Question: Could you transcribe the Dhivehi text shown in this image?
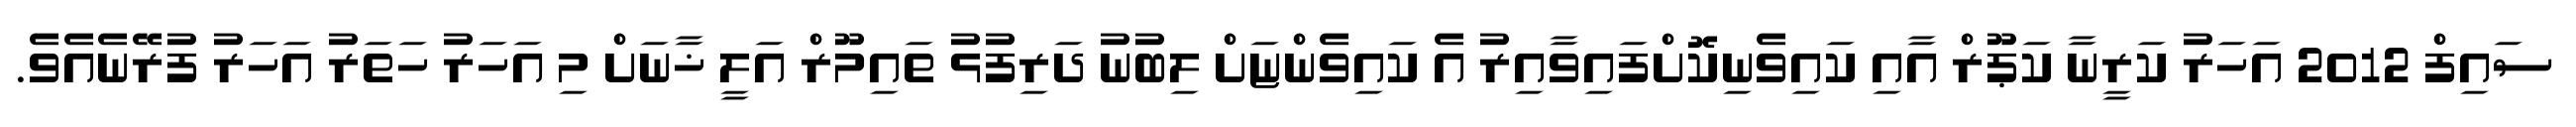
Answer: ސައިފް 2012 އަހަރު ކަރީނާ ކަޕޫރް އާއި ކައިވެނިކޮށްފައިވާއިރު އެ ކައިވެންޏަށް ލިބުނު ދަރިފުޅު ތައިމޫރް އަލީ ޚާނަށް މި އަހަރު ހަތަރު އަހަރު ފުރޭނެއެވެ.